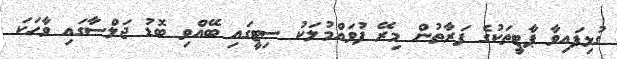
ގުޅިފައިވާ ޕާޓީތަކުގެ ފަރާތުން މިރޭ ފުވައްމުލަކު ސިޓީގައި ބޭއްވި ބޮޑު ޖަލްސާގައި ވާހަކަ